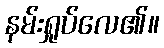
နမ်းရှုပ်လေ၏။